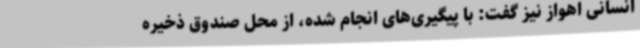
انسانی اهواز نیز گفت: با پیگیری‌های انجام شده، از محل صندوق ذخیره